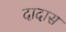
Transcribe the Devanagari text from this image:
दादास